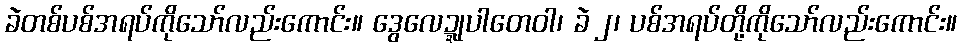
ခဲတစ်ပစ်အရပ်ကိုသော်လည်းကောင်း။ ဒွေလေဍ္ဍုပါတေဝါ၊ ခဲ ၂၊ ပစ်အရပ်တို့ကိုသော်လည်းကောင်း။